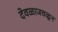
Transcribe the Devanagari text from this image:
देवळाजवळून